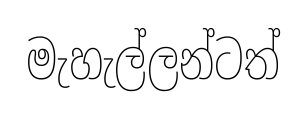
මැහැල්ලන්ටත්